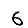
Digit: 6